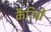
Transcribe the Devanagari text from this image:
कैरिबी